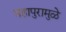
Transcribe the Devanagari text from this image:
महापुरामुळे